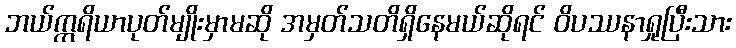
ဘယ်ဣရိယာပုတ်မျိုးမှာမဆို အမှတ်သတိရှိနေမယ်ဆိုရင် ဝိပဿနာရှုပြီးသား